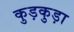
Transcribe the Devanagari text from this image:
कुड़कुड़ा